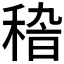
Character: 𥟵